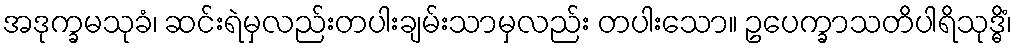
အဒုက္ခမသုခံ၊ ဆင်းရဲမှလည်းတပါးချမ်းသာမှလည်း တပါးသော။ ဥပေက္ခာသတိပါရိသုဒ္ဓိံ၊